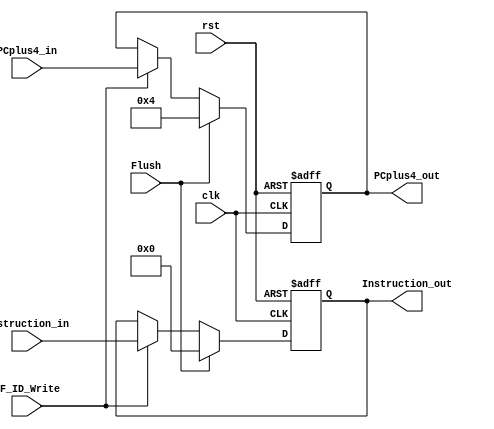
`timescale 1ns / 1ps
//////////////////////////////////////////////////////////////////////////////////
// Company: 
// Engineer: 
// 
// Design Name: 
// Module Name: IF_ID
// Project Name: 
// Target Devices: 
// Tool Versions: 
// Description: 
// 
// Dependencies: 
// 
// Revision:
// Revision 0.01 - File Created
// Additional Comments:
// 
//////////////////////////////////////////////////////////////////////////////////


module IF_ID(clk, rst, Instruction_in, Instruction_out, PCplus4_in, PCplus4_out, IF_ID_Write, Flush);
      
input [31:0] Instruction_in, PCplus4_in;
input clk, rst, IF_ID_Write, Flush;

output [31:0] Instruction_out, PCplus4_out;

reg [31:0] Instruction_out, PCplus4_out;


always@(posedge clk or posedge rst) begin
	if (rst == 1) begin
	   Instruction_out <= 0;               
       PCplus4_out     <= 0;
	end else begin
	   if (IF_ID_Write) begin
           Instruction_out <= Instruction_in;               
           PCplus4_out     <= PCplus4_in; 
       end 
       if (Flush) begin
           Instruction_out <= 0;               
           PCplus4_out     <= 4;
       end
    end
end




endmodule